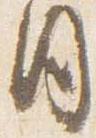
日